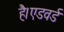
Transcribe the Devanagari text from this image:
है।एडवर्ड